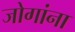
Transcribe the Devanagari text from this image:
जोगांना